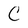
Character: C